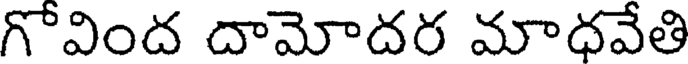
గొవింద దామోదర మాధవేతి